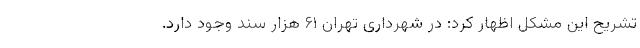
تشریح این مشکل اظهار کرد: در شهرداری تهران ۶۱ هزار سند وجود دارد.